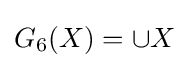
G_{6}(X)=\cup X